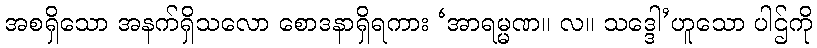
အစရှိသော အနက်ရှိသလော စောဒနာရှိရကား ‘အာရမ္မဏ။ လ။ သဒ္ဒေါ’ဟူသော ပါဌ်ကို